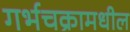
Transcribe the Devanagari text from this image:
गर्भचक्रामधील